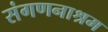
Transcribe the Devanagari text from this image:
संगणनाश्रम